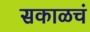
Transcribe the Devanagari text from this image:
सकाळचं